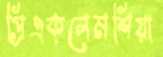
প্রিএকলেমশিয়া